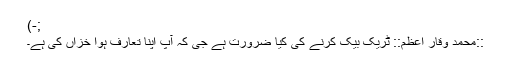
;-)
::محمد وقار اعظم:: ٹریک بیک کرنے کی کیا ضرورت ہے جی کہ آپ اپنا تعارف ہوا خزاں کی ہے۔